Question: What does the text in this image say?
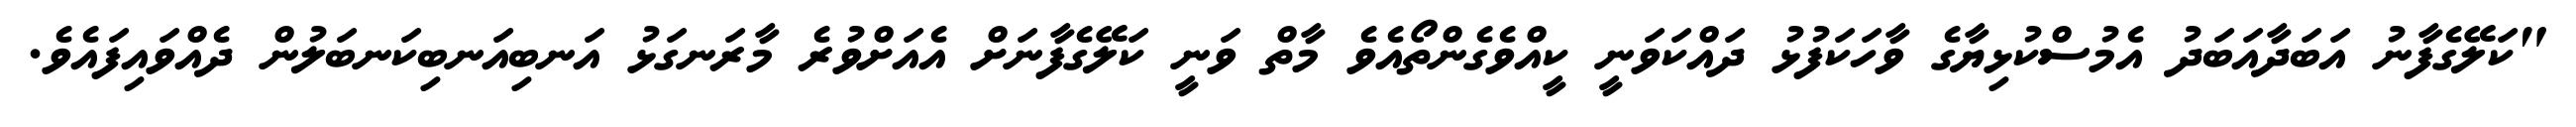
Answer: "ކަލޭގެފާނު އަބަދާއަބަދު އެމުސްކުޅިޔާގެ ވާހަކަފުޅު ދައްކަވަނީ ކީއްވެގެންތޯއެވެ މާތް ވަނީ ކަލޭގެފާނަށް އެއަށްވުރެ މާރަނގަޅު އަނބިއަނބިކަނބަލުން ދެއްވައިފައެވެ.